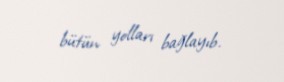
bütün yolları bağlayıb.